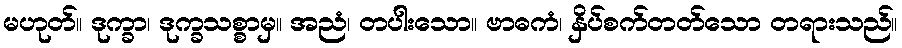
မဟုတ်။ ဒုက္ခာ၊ ဒုက္ခသစ္စာမှ။ အညံ၊ တပါးသော။ ဗာဓကံ၊ နှိပ်စက်တတ်သော တရားသည်။